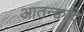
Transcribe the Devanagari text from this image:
आतन्क्वदि